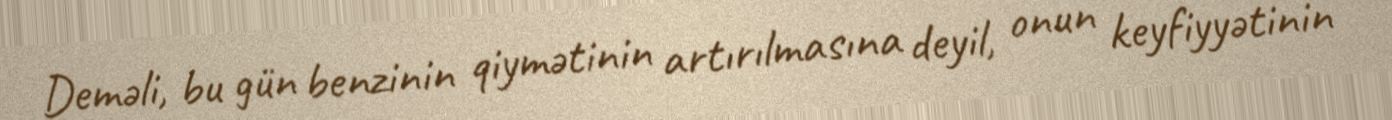
Deməli, bu gün benzinin qiymətinin artırılmasına deyil, onun keyfiyyətinin